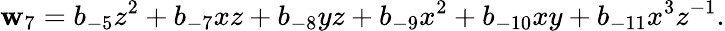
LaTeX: \mathbf{w}_{7}=b_{-5}z^{2}+b_{-7}xz+b_{-8}yz+b_{-9}x^{2}+b_{-10}xy+b_{-11}x^{3}z^{-1}.